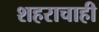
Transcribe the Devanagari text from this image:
शहराचाही